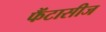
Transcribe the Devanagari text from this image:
फैंटासीज